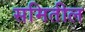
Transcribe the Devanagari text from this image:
समितील